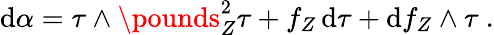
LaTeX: \mathrm{d}\alpha=\tau\wedge\pounds_{Z}^{2}\tau+f_{Z}\, \mathrm{d}\tau+\mathrm{d}f_{Z}\wedge\tau\ .